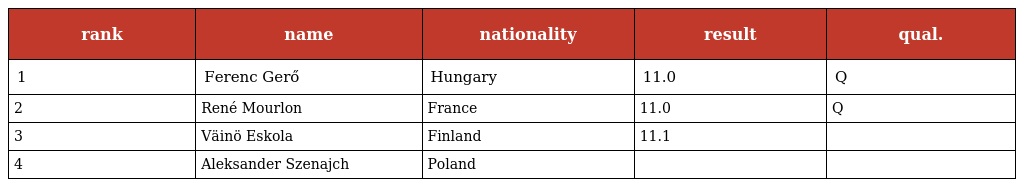
| rank | name | nationality | result | qual. |
 | --- | --- | --- | --- | --- |
 | 1 | Ferenc Gerő | Hungary | 11.0 | Q |
 | 2 | René Mourlon | France | 11.0 | Q |
 | 3 | Väinö Eskola | Finland | 11.1 |  |
 | 4 | Aleksander Szenajch | Poland |  |  |